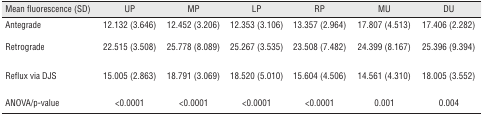
<table><thead><tr><td><b>Mean fluorescence (SD)</b></td><td><b>UP</b></td><td><b>MP</b></td><td><b>LP</b></td><td><b>RP</b></td><td><b>MU</b></td><td><b>DU</b></td></tr></thead><tbody><tr><td>Antegrade</td><td>12.132 (3.646)</td><td>12.452 (3.206)</td><td>12.353 (3.106)</td><td>13.357 (2.964)</td><td>17.807 (4.513)</td><td>17.406 (2.282)</td></tr><tr><td>Retrograde</td><td>22.515 (3.508)</td><td>25.778 (8.089)</td><td>25.267 (3.535)</td><td>23.508 (7.482)</td><td>24.399 (8.167)</td><td>25.396 (9.394)</td></tr><tr><td>Reflux via DJS</td><td>15.005 (2.863)</td><td>18.791 (3.069)</td><td>18.520 (5.010)</td><td>15.604 (4.506)</td><td>14.561 (4.310)</td><td>18.005 (3.552)</td></tr><tr><td>ANOVA/p-value</td><td>&lt;0.0001</td><td>&lt;0.0001</td><td>&lt;0.0001</td><td>&lt;0.0001</td><td>0.001</td><td>0.004</td></tr></tbody></table>